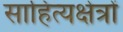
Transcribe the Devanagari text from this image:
साहित्यक्षेत्रों